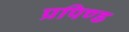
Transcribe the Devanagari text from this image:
प्रपिण्ड